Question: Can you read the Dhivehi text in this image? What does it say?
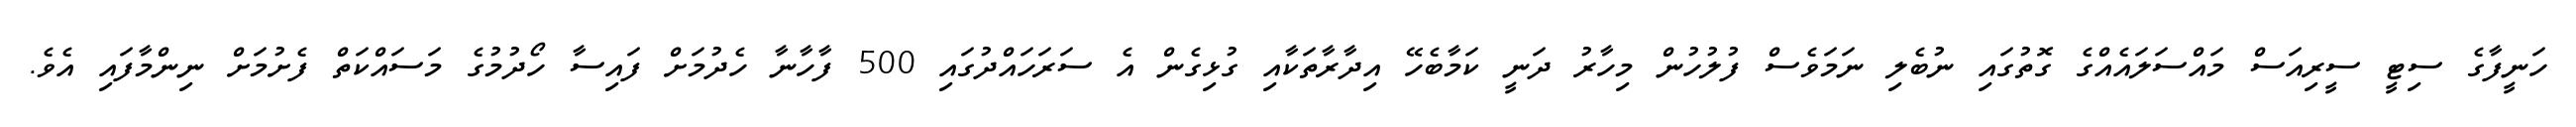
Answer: ހަނީފާގެ ސިޓީ ސީރިއަސް މައްސަލައެއްގެ ގޮތުގައި ނުބެލި ނަމަވެސް ފުލުހުން މިހާރު ދަނީ ކަމާބެހޭ އިދާރާތަކާއި ގުޅިގެން އެ ސަރަހައްދުގައި 500 ފާހާނާ ހެދުމަށް ފައިސާ ހޯދުމުގެ މަސައްކަތް ފެށުމަށް ނިންމާފައި އެވެ.